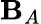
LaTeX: \mathbf{B}_{A}